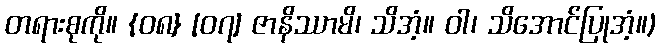
တရားစုကို။ {၀၈} [၀၇] ဇာနိဿာမိ၊ သိအံ့။ ဝါ၊ သိအောင်ပြုအံ့။)